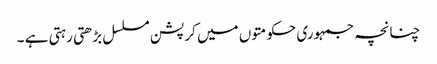
چنانچہ جمہوری حکومتوں میں کرپشن مسلسل بڑھتی رہتی ہے ۔